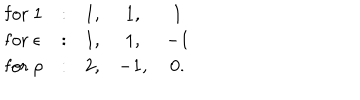
\begin{array} { l c c c c } { { \mathrm { f o r ~ } 1 } } & { { : } } & { { 1 , } } & { { 1 , } } & { { 1 } } \\ { { \mathrm { f o r ~ } \epsilon } } & { { : } } & { { 1 , } } & { { 1 , } } & { { - 1 } } \\ { { \mathrm { f o r ~ } \rho } } & { { : } } & { { 2 , } } & { { - 1 , } } & { { 0 . } } \\ \end{array}